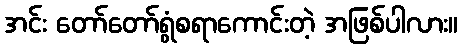
အင်း တော်တော်ရွံစရာကောင်းတဲ့ အဖြစ်ပါလား။